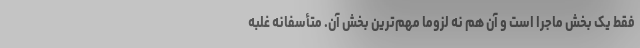
فقط یک بخش ماجرا است و آن هم نه لزوماً مهم‌ترین بخش آن. متأسفانه غلبه